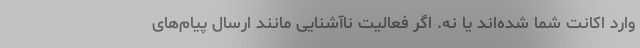
وارد اکانت شما شده‌اند یا نه. اگر فعالیت ناآشنایی مانند ارسال پیام‌های